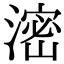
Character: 滵